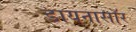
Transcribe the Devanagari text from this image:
डायनासॉर